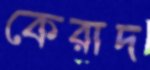
কেরাদ